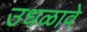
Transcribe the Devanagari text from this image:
उधळावे